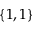
\{ 1 , 1 \}